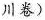
川卷)